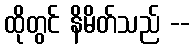
ထိုတွင် နိမိတ်သည် --